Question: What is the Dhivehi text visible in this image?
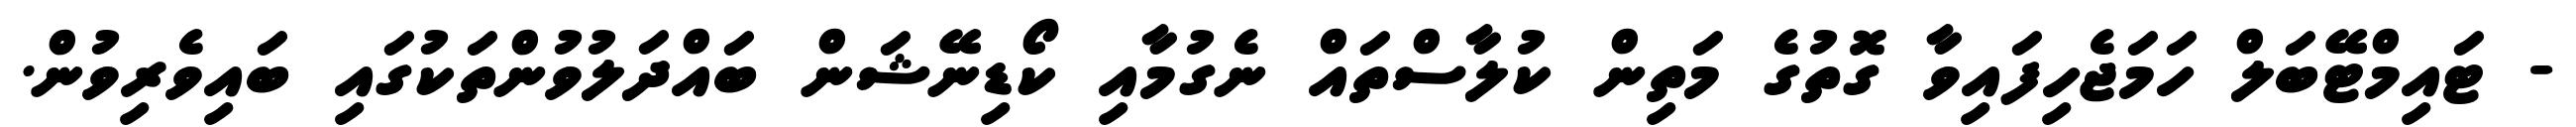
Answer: - ޓައިމްޓޭބަލް ހަމަޖެހިފައިވާ ގޮތުގެ މަތިން ކުލާސްތައް ނެގުމާއި ކޯޑިނޭޝަން ބައްދަލުވުންތަކުގައި ބައިވެރިވުން.